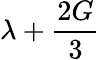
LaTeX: \lambda+{\frac{2G}{3}}